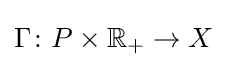
\Gamma \colon P\times \mathbb {R} _{+}\rightarrow X